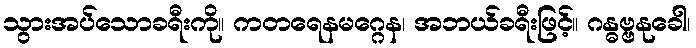
သွားအပ်သောခရီးကို။ ကတရေနမဂ္ဂေန၊ အဘယ်ခရီးဖြင့်။ ဂန္ဓဗ္ဗနုခေါ၊